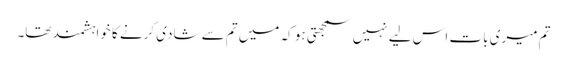
تم میری بات اس لیے نہیں سمجھتی ہو کہ میں تم سے شادی کرنے کا خواہشمند تھا۔